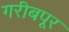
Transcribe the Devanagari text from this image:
गरीबपूर